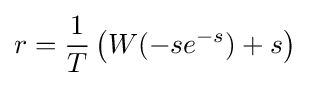
r={\frac {1}{T}}\left(W(-se^{-s})+s\right)